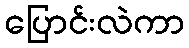
ပြောင်းလဲကာ